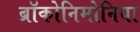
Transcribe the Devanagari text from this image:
ब्रॉकोनिमोनिया